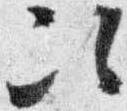
次